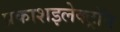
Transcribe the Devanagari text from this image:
प्रकाशइलेक्ट्रॉन